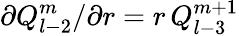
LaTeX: \partial Q_{l-2}^{m}/\partial r=r\, Q_{l-3}^{m+1}